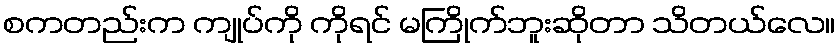
စကတည်းက ကျုပ်ကို ကိုရင် မကြိုက်ဘူးဆိုတာ သိတယ်လေ။